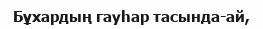
Бұхардың гауһар тасында-ай,